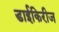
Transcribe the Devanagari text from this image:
डाईकिरीज